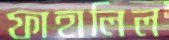
ফাহালিল